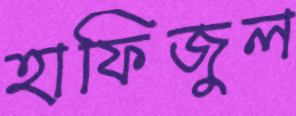
হাফিজুল